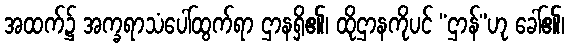
အထက်၌ အက္ခရာသံပေါ်ထွက်ရာ ဌာနရှိ၏၊ ထိုဌာနကိုပင် “ဌာန်”ဟု ခေါ်၏၊